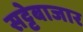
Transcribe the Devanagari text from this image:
सट्टेबाजार